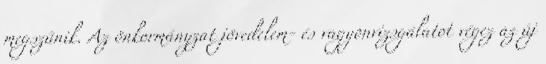
megszűnik. Az önkormányzat jövedelem- és vagyonvizsgálatot végez az új